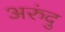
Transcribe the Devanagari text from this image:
अरुंदु